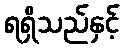
ရရှိသည်နှင့်